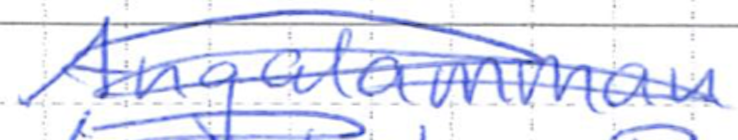
Text: Angalamman
Cross-out: scratch
Writing tool: ballpoint